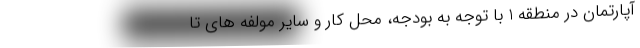
آپارتمان در منطقه 1 با توجه به بودجه، محل کار و سایر مولفه های تا